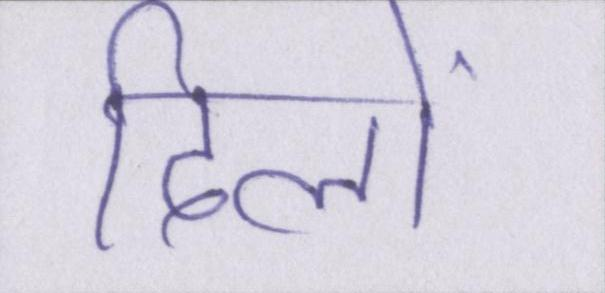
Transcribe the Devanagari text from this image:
दिलों